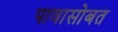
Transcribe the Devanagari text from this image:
पावासोबत